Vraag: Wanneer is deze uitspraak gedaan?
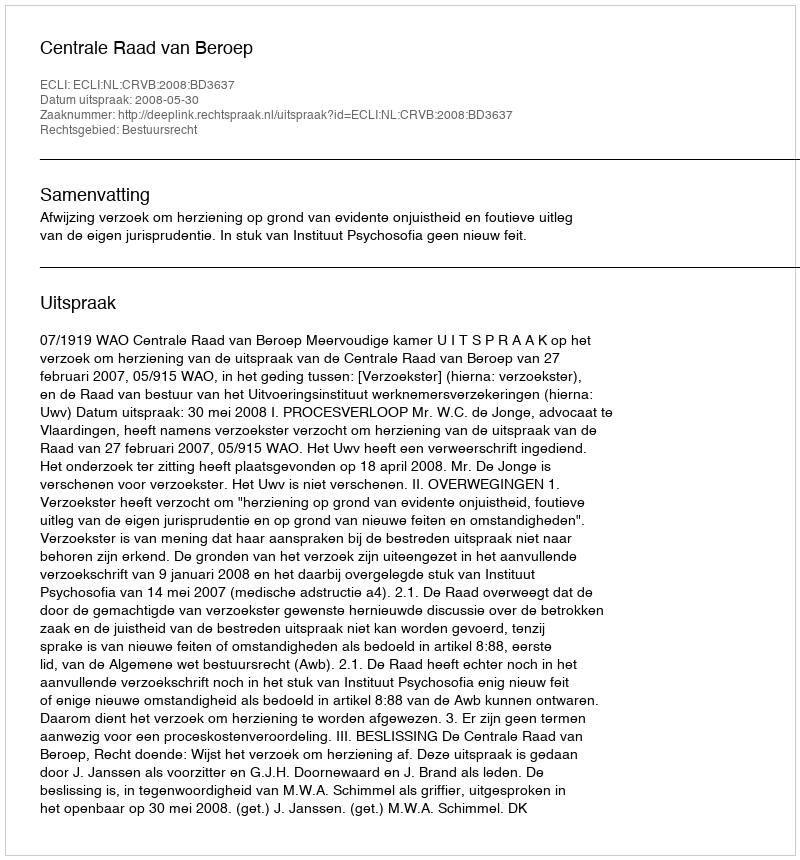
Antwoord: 2008-05-30